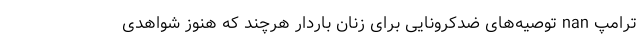
ترامپ nan توصیه‌های ضدکرونایی برای زنان باردار هرچند که هنوز شواهدی